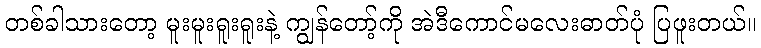
တစ်ခါသားတော့ မူးမူးရူးရူးနဲ့ ကျွန်တော့်ကို အဲဒီကောင်မလေးဓာတ်ပုံ ပြဖူးတယ်။